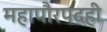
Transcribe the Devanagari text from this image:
महापौरपदही